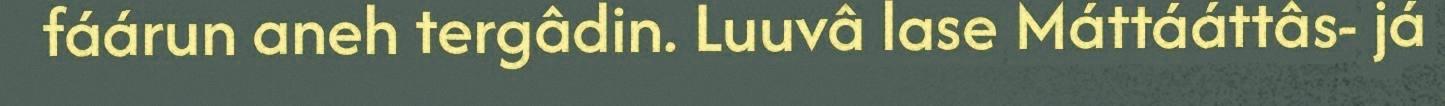
fáárun aneh tergâdin. Luuvâ lase Máttááttâs- já